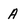
Character: A